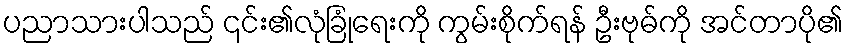
ပညာသားပါသည် ၎င်း၏လုံခြုံရေးကို ကွမ်းစိုက်ရန် ဦးဗုဓ်ကို အင်တာပို၏